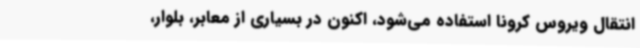
انتقال ویروس کرونا استفاده می‌شود، اکنون در بسیاری از معابر، بلوار،